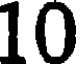
10